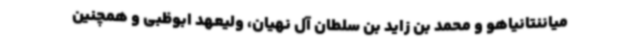
میاننتانیاهو و محمد بن زاید بن سلطان آل نهیان، ولیعهد ابوظبی و همچنین